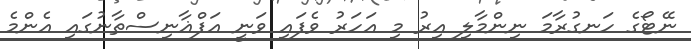
ނޭޓޯގެ ހަނގުރާމަ ނިންމާލި އިރު މި އަހަރު ވެފައި ވަނީ އަފްޣާނިސްތާނުގައި އެންމެ